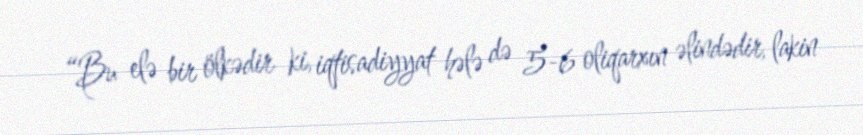
“Bu elə bir ölkədir ki, iqtisadiyyat hələ də 5-6 oliqarxın əlindədir, lakin